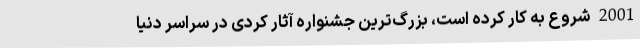
2001 شروع به کار کرده است، بزرگ‌ترين جشنواره آثار کُردی در سراسر دنيا